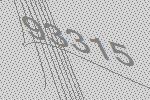
93315